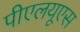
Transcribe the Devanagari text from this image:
पीएलयूएस